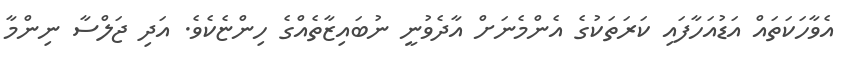
އެވާހަކަތައް އަޑުއަހާފައި ކަރަތަކުގެ އެންމެނަށް އާދެވުނީ ނުބައިޒާތެއްގެ ހިންޏެކެވެ. އަދި ޖަލްސާ ނިންމާ